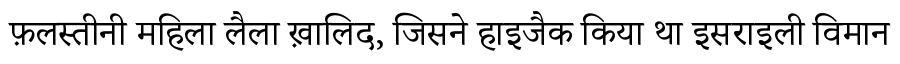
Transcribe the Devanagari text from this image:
फ़लस्तीनी महिला लैला ख़ालिद, जिसने हाइजैक किया था इसराइली विमान